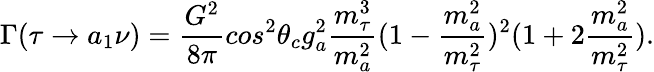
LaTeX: \Gamma(\tau\rightarrow a_{1}\nu)=\frac{G^{2}}{8\pi}cos^{2}\theta_{c}g_{a}^{2}\frac{m_{\tau}^{3}}{m_{a}^{2}}(1-\frac{m_{a}^{2}}{m_{\tau}^{2}})^{2}(1+2\frac{m_{a}^{2}}{m_{\tau}^{2}}).